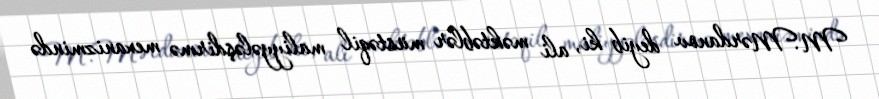
M.Mərdanov deyib ki, ali məktəblər müstəqil maliyyələşdirmə mexanizmində